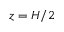
z = H / 2